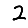
Digit: 2